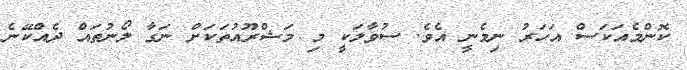
ކޮންމެއަކަސް އަހަރު ނިމެނީ އެވެ. ސުވާލަކީ މި މަޝްރޫއުތަކަށް ނަގާ ލޯނުތައް ދެއްކޭނެ